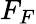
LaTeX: F_{F}